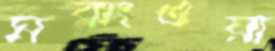
মবাংওয়া